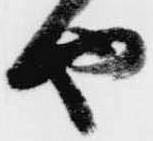
や